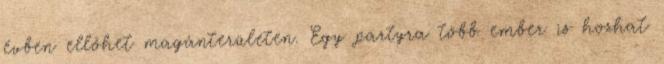
évben ellőhet magánterületen. Egy partyra több ember is hozhat